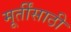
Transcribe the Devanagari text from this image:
मूर्तींसाठी